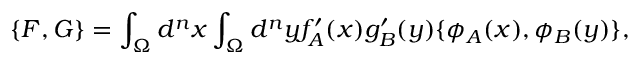
\{ F , G \} = \int _ { \Omega } d ^ { n } x \int _ { \Omega } d ^ { n } y f _ { A } ^ { \prime } ( x ) g _ { B } ^ { \prime } ( y ) \{ \phi _ { A } ( x ) , \phi _ { B } ( y ) \} ,